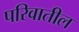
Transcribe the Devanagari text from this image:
परिवातील